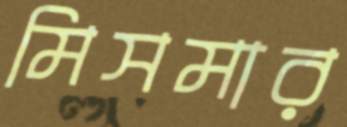
মিসমার